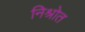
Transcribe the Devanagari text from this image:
निश्रोत